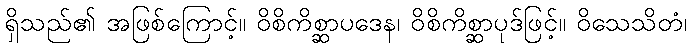
ရှိသည်၏ အဖြစ်ကြောင့်။ ဝိစိကိစ္ဆာပဒေန၊ ဝိစိကိစ္ဆာပုဒ်ဖြင့်။ ဝိသေသိတံ၊